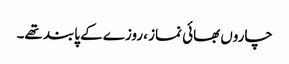
چاروں بھائی نماز ، روزے کے پابند تھے۔